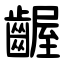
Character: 齷